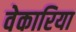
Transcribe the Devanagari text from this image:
वेकारिया